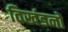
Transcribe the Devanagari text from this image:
विखंडनों